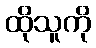
ထိုသူကို